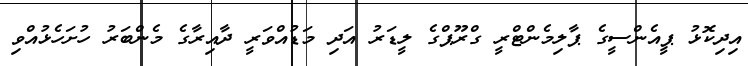
އިދިކޮޅު ޕީއެންސީގެ ޕާލިމެންޓްރީ ގްރޫޕްގެ ލީޑަރު އަދި މަޑުއްވަރީ ދާއިރާގެ މެންބަރު ހުށަހެޅުއްވި